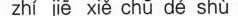
zhí jē xiě chū dé shù